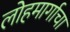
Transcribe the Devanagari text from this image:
लोहमार्गाचा